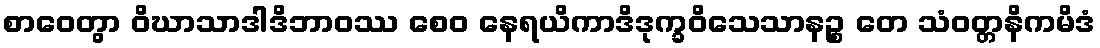
စာဝေတွာ ဝိဃာသာဒါဒိဘာဝဿ စေဝ နေရယိကာဒိဒုက္ခဝိသေသာနဉ္စ တေ သံဝတ္တနိကမိဒံ